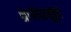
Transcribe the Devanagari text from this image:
श्रेणीपासून